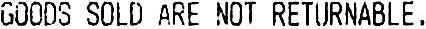
GOODS SOLD ARE NOT RETURNABLE .